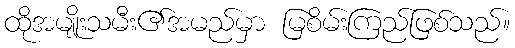
ထိုအမျိုးသမီး၏အမည်မှာ မြစိမ်းကြည်ဖြစ်သည်။